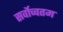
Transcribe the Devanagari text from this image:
सर्वोच्चतम